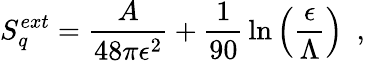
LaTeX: S_{q}^{ext}={\frac{A}{48\pi\epsilon^{2}}}+{\frac{1}{90}}\ln\left(\frac{\epsilon}{\Lambda}\right)~~,